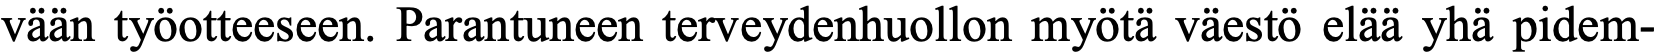
vään työotteeseen. Parantuneen terveydenhuollon myötä väestö elää yhä pidem-